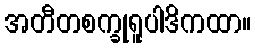
အတီတစက္ခုရူပါဒိကထာ။